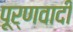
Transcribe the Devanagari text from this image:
पूर्णवादी